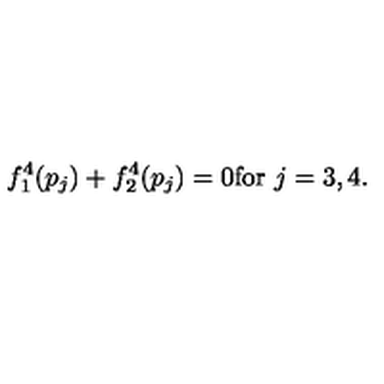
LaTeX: f _ { 1 } ^ { 4 } ( p _ { j } ) + f _ { 2 } ^ { 4 } ( p _ { j } ) = 0 \mathrm { f o r } \ j = 3 , 4 .